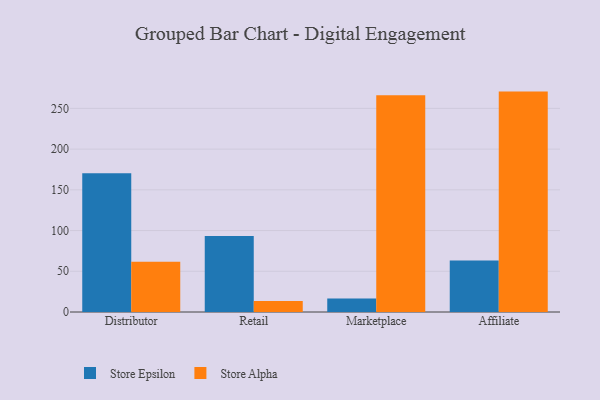
{"axis": {"x": "Channel", "y": "Temperature (°C)"}, "legend": ["Store Alpha", "Store Epsilon"], "data": [{"x": "Distributor", "y": 170.5, "type": "Store Epsilon"}, {"x": "Distributor", "y": 61.7, "type": "Store Alpha"}, {"x": "Retail", "y": 93.4, "type": "Store Epsilon"}, {"x": "Retail", "y": 13.5, "type": "Store Alpha"}, {"x": "Marketplace", "y": 16.5, "type": "Store Epsilon"}, {"x": "Marketplace", "y": 266.0, "type": "Store Alpha"}, {"x": "Affiliate", "y": 63.3, "type": "Store Epsilon"}, {"x": "Affiliate", "y": 270.6, "type": "Store Alpha"}]}